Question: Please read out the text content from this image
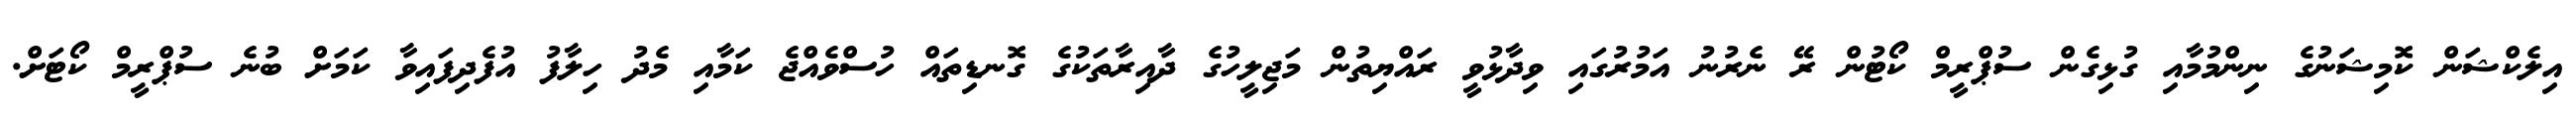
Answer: އިލެކްޝަން ކޮމިޝަނުގެ ނިންމުމާއި ގުޅިގެން ސުޕްރީމް ކޯޓުން ރޭ ނެރުނު އަމުރުގައި ވިދާޅުވީ ރައްޔިތުން މަޖިލީހުގެ ދާއިރާތަކުގެ ގޮނޑިތައް ހުސްވެއްޖެ ކަމާއި މެދު ހިލާފު އުފެދިފައިވާ ކަމަށް ބުނެ ސުޕްރީމް ކޯޓަށް.